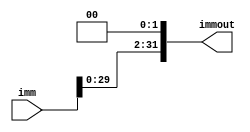
`timescale 1ns / 1ps
//////////////////////////////////////////////////////////////////////////////////
// Company: CMPEN 331
// 
// Design Name: 
// Module Name: ImmShifter
// Project Name: 
// Target Devices: 
// Tool Versions: 
// Description: 
// 
// Dependencies: 
// 
// Revision:
// Revision 0.01 - File Created
// Additional Comments:
// 
//////////////////////////////////////////////////////////////////////////////////


module ImmShifter(imm, immout);

input [31:0] imm;
output reg [31:0] immout;

always @(imm)
begin
    immout = imm << 2;
end
endmodule